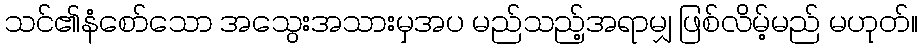
သင်၏နံစော်သော အသွေးအသားမှအပ မည်သည့်အရာမျှ ဖြစ်လိမ့်မည် မဟုတ်။